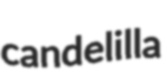
candelilla